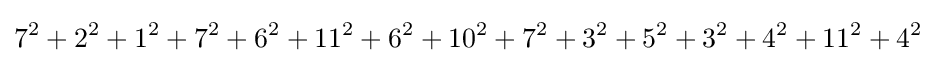
7^{2}+2^{2}+1^{2}+7^{2}+6^{2}+11^{2}+6^{2}+10^{2}+7^{2}+3^{2}+5^{2}+3^{2}+4^{2}+11^{2}+4^{2}